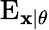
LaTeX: \operatorname{E}_{\mathbf{x}\mid\theta}